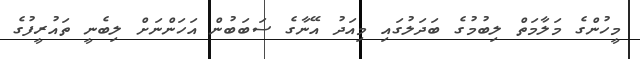
މީހުންގެ މަލާމަތް ލިބުމުގެ ބަދަލުގައި މިއަދު އޭނާގެ ސަބަބުން އަހަންނަށް ލިބެނީ ތައުރީފުގެ